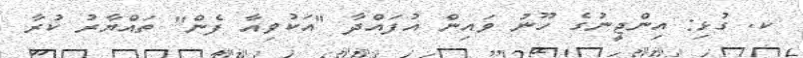
ކ. ގުޅި: އިންޖީނުގެ ހޫނު ވައިން އުފައްދާ "އަކުވިއާ ފެން" ތައްޔާރު ކުރާ